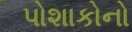
પોશાકોનો